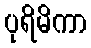
ပုရိမိကာ